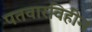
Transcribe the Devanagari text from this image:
पतवारविहीन